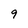
Character: 9